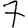
Digit: 7